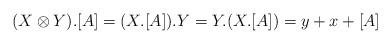
LaTeX: \begin{align*}(X \otimes Y).[A] = (X.[A]).Y=Y.(X.[A])= y+x+[A]\end{align*}